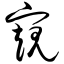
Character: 窥